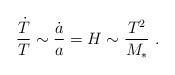
LaTeX: \begin{align*}\frac{{\dot T}}{T}\sim \frac{{\dot a}}{a}=H\sim \frac{T^2}{M_*} \ .\end{align*}